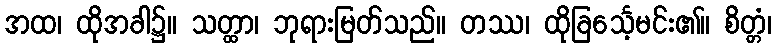
အထ၊ ထိုအခါ၌။ သတ္ထာ၊ ဘုရားမြတ်သည်။ တဿ၊ ထိုခြင်္သေ့မင်း၏။ စိတ္တံ၊